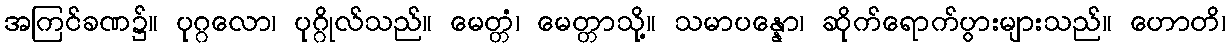
အကြင်ခဏ၌။ ပုဂ္ဂလော၊ ပုဂ္ဂိုလ်သည်။ မေတ္တံ၊ မေတ္တာသို့။ သမာပန္နော၊ ဆိုက်ရောက်ပွားများသည်။ ဟောတိ၊